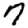
Digit: 7